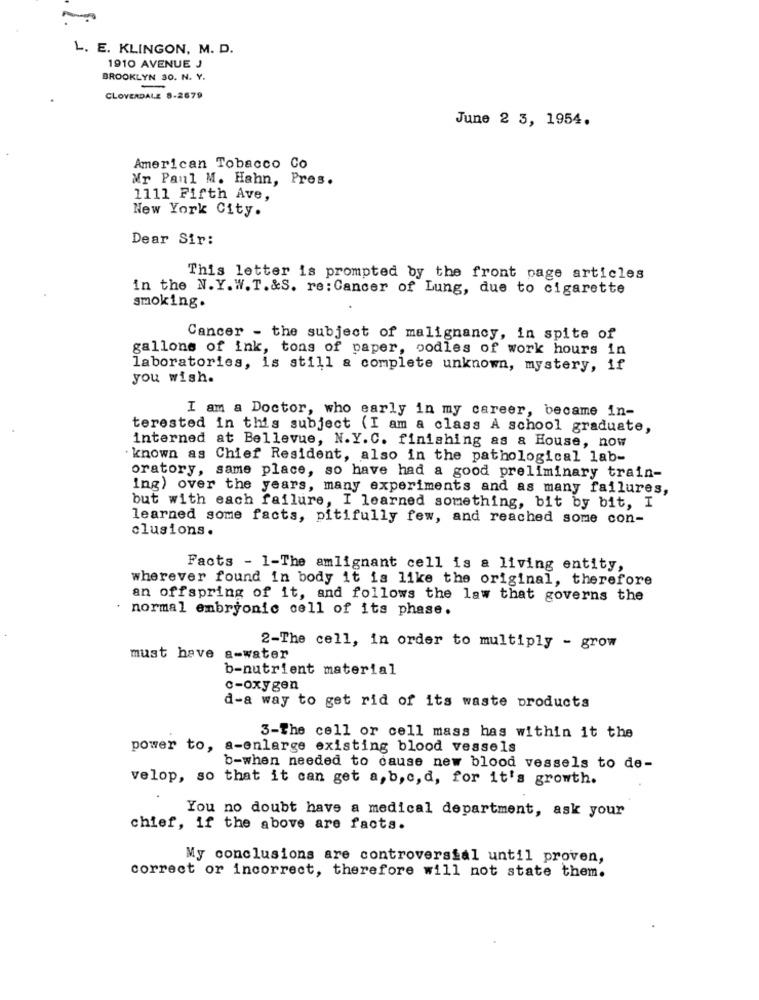
L. E. KLINGON, M. D.
1910 AVENUE J
BROOKLYN 30. N. Y.
CLOVERDALE 8-2679
June 2 3, 1954.
American Tobacco Co
Mr Paul M. Hahn, Pres.
1111 Fifth Ave,
New York City.
Dear Sir:
This letter is prompted by the front page articles
in the N. Y. W. T.&S. re: Cancer of Lung, due to cigarette
smoking.
Cancer - the subject of malignancy, in spite of
gallons of ink, tons of paper, oodles of work hours in
laboratories, is still a complete unknown, mystery, if
you wish.
I am a Doctor, who early in my career, became in-
terested in this subject (I am a class A school graduate,
interned at Bellevue, N.Y. C. finishing as a House, now
known as Chief Resident, also in the pathological lab-
oratory, same place, so have had a good preliminary train-
ing) over the years, many experiments and as many failures,
but with each failure, I learned something, bit by bit, I
learned some facts, pitifully few, and reached some con-
clusions.
Facts - 1-The amlignant cell is a living entity,
wherever found in body it is like the original, therefore
an offspring of it, and follows the law that governs the
normal embryonic cell of its phase.
2-The cell, in order to multiply - grow
must have a-water
b-nutrient material
c-oxygen
d-a way to get rid of its waste products
3-The cell or cell mass has within it the
power to, a-enlarge existing blood vessels
b-when needed to cause new blood vessels to de-
velop, so that it can get a, b, c, d, for it's growth.
You no doubt have a medical department, ask your
chief, if the above are facts.
My conclusions are controversial until proven,
correct or incorrect, therefore will not state them.